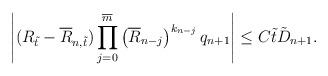
LaTeX: \begin{align*} \left|(R_{\tilde{t}}-\overline{R}_{n,\tilde{t}})\prod_{j=0}^{\overline{m}}\left(\overline{R}_{n-j}\right)^{k_{n-j}}q_{n+1}\right|\leq C\tilde{t}\tilde{D}_{n+1}.\end{align*}